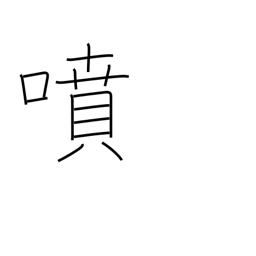
Meaning: spout